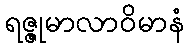
ရဇ္ဇုမာလာဝိမာနံ